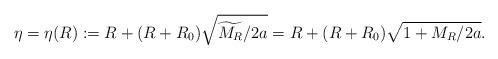
LaTeX: \begin{align*}\eta=\eta(R):= R+ (R+R_0)\sqrt{\widetilde{M_R}/2a}= R+ (R+R_0)\sqrt{1+M_R/2a}.\end{align*}